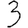
Digit: 3